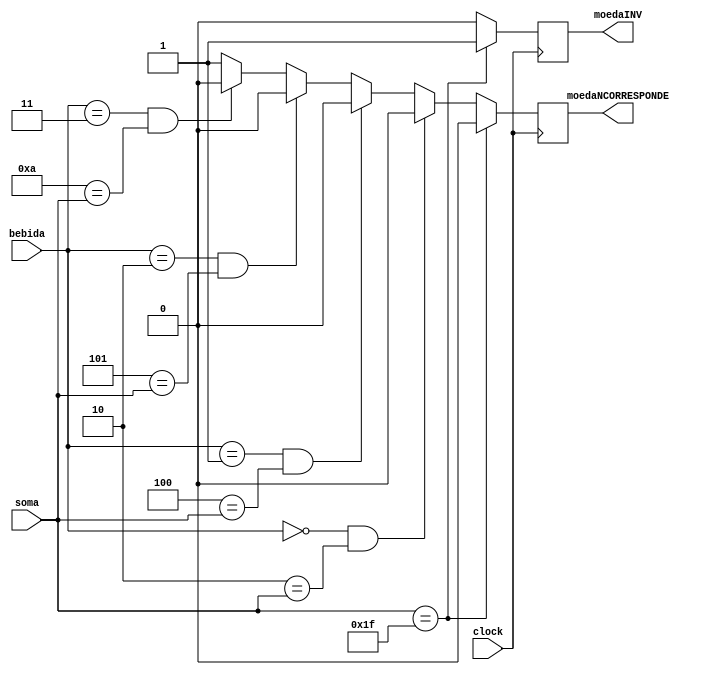
module ErrMoeda (bebida, moedaINV, moedaNCORRESPONDE, soma, clock);

	input [1:0] bebida;
	input [4:0] soma;
	output reg moedaINV, moedaNCORRESPONDE;
	input clock;

	
	parameter produto1 = 5'b00010; // 2 reais
	parameter produto2 = 5'b00100; // 4 reais 
	parameter produto3 = 5'b00101; // 5 reais
	parameter produto4 = 5'b01010; // 10 reais
	
	always @ (posedge clock) begin
		if (soma == 5'b11111)	begin 
				moedaINV = 1'b1;
				moedaNCORRESPONDE = 1'b0;
			end
		else if ( bebida == 2'b00 && produto1 == soma) begin
			moedaNCORRESPONDE = 1'b0;
			moedaINV = 1'b0;
			end		
		else if(bebida ==	2'b01 && produto2 == soma) begin 
					moedaNCORRESPONDE = 1'b0;
					moedaINV = 1'b0;
			end
		else if (bebida == 2'b10 && produto3 == soma) begin
					moedaNCORRESPONDE = 1'b0;
					moedaINV = 1'b0;
			end
		else if (bebida == 2'b11&& produto4 == soma) begin
					moedaNCORRESPONDE = 1'b0;
					moedaINV = 1'b0;
			end
		else begin
				moedaNCORRESPONDE = 1'b1;
				moedaINV = 1'b0;
			end
	end	
	
endmodule